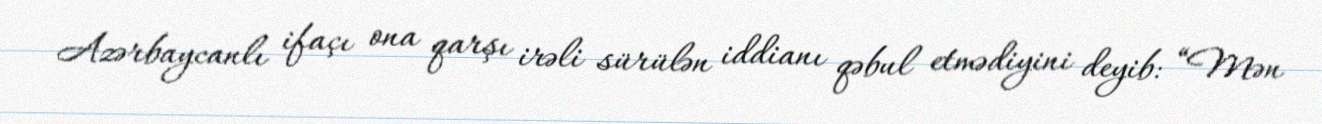
Azərbaycanlı ifaçı ona qarşı irəli sürülən iddianı qəbul etmədiyini deyib: “Mən